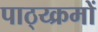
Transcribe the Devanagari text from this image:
पाठ्य्क्रमों